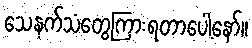
သေနက်သံတွေကြားရတာပေါ့နော်။